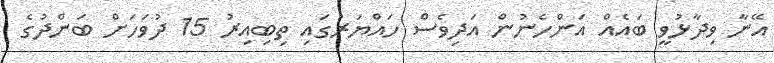
އޭނާ ވިދާޅުވީ ބައެއް އަންހެނުން އަދިވެސް ހައްޔަރުގައި ތިބިއިރު 15 ދުވަހަށް ބަންދުގެ